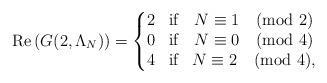
LaTeX: \begin{align*}\mathrm{Re}\left( G(2,\Lambda_N)\right)=\left\{\begin{matrix}2&\textrm{if}& N\equiv 1 \pmod 2\\0&\textrm{if}& N\equiv 0 \pmod 4\\4&\textrm{if}& N\equiv 2 \pmod 4,\end{matrix}\right.\end{align*}